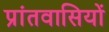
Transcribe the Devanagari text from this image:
प्रांतवासियों